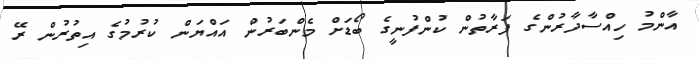
އާންމު ހިއްސާދާރުންގެ ފަރާތުން ކުންފުނީގެ ބޯޑަށް މެންބަރުން އައްޔަން ކުރުމުގެ އިތުރުން ރޭ